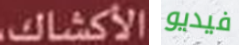
الأكشاك فيديو